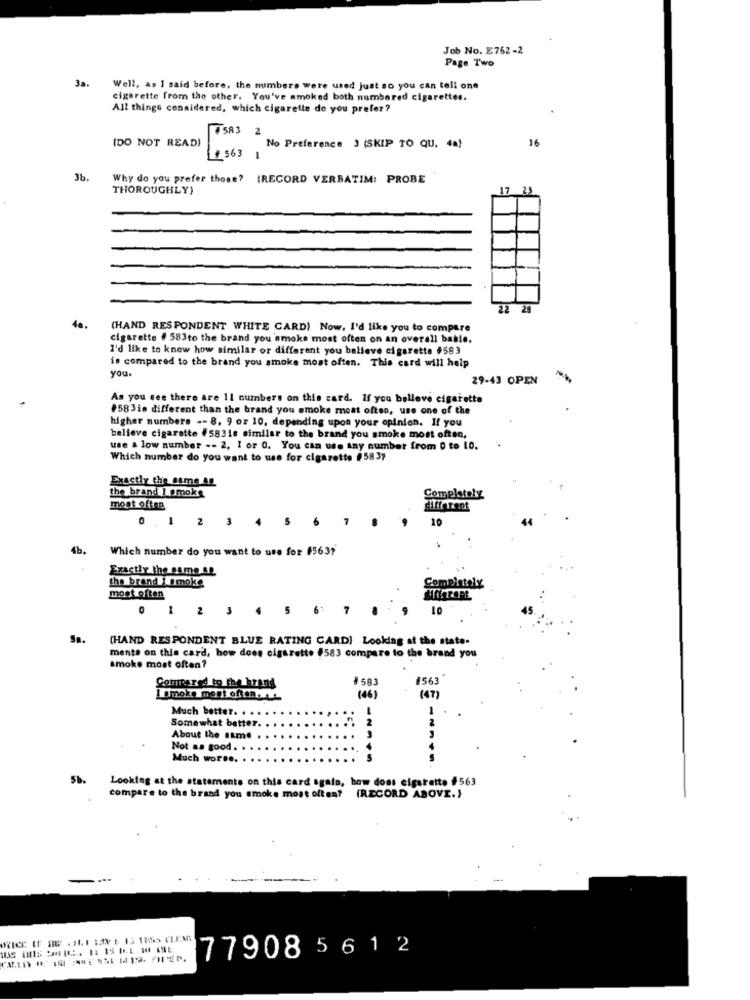
Job No. E762-2
Page Two
3a.
Well, as I said before, the numbers were used just so you can tell one
cigarette from the other. You've smoked both numbered cigarettes.
All things considered, which cigarette do you prefer?
16
IDO NOT READI
2 563 No Preference 3 (SKIP TO QU, 4a)
3b.
Why do you prefer those? (RECORD VERBATIM: PROBE
THOROUGHLY)
17 23
22 25
40.
(HAND RESPONDENT WHITE CARD) Now, I'd like you to compare
cigarette # 583to the brand you smoke most often on an overall bable.
I'd like to know how similar or different you believe cigarette #583
is compared to the brand you smoke most often. This card will help
you.
29-43 OPEN
As you see there are 11 numbers on this card. If you believe cigarette
#58 3in different than the brand you smoke most often, use one of the
higher numbers -- 8. 9 oz 10, depending upon your opinion. If you
believe cigarette #583is similar to the brand you smoke most often,
use a low number -- 2, I or 0. You can use any number from 0 to LO.
Which number do you want to use for cigarette #5837
Exactly the same as
the brand I smoke
Completely
most often
different
0
1
2 3
5
7
10
4b.
Which number do you want to use for $563?
Exactly the same &p
the brand I smoke
ComDiately
most often
2 3
10
(HAND RESPONDENT BLUE RATING CARD) Looking at the state-
mente on this card, how does cigarette #583 compare to the brand you
smoke most often?
#583
#563
Compared to the brand
LOmoże most often .....
(46)
(47)
Much better. . . .
Somewhat better.
About the same
Not a. good
Much worse.
Sb.
Looking at the statements on this card again, how does cigarette $563
compare to the brand you smoke most often? (RECORD ABOVE.)
77908 5 612